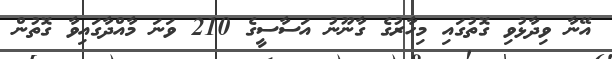
އޭނާ ވިދާޅުވި ގޮތުގައި މިހާރުގެ ގާނޫނު އަސާސީގެ 210 ވަނަ މާއްދާގައިވާ ގޮތުން